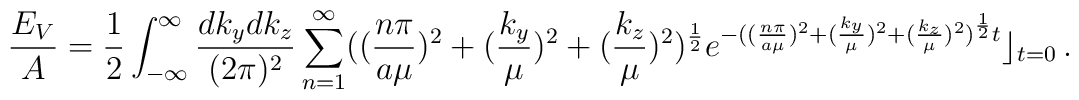
\frac{E_V}{A}=\frac{1}{2} \int_{-\infty}^{\infty}\frac{dk_ydk_z}{(2\pi)^2} \sum_{n=1}^{\infty}((\frac{n\pi}{a\mu})^2+(\frac{k_y}{\mu})^2+(\frac{k_z}{\mu})^2)^{\frac12}e^{-((\frac{n\pi}{a\mu})^2+(\frac{k_y}{\mu})^2+(\frac{k_z}{\mu})^2)^{\frac12}t}\rfloor_{t=0}\,.